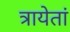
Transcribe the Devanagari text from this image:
त्रायेतां